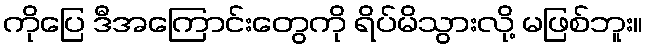
ကိုပြေ ဒီအကြောင်းတွေကို ရိပ်မိသွားလို့ မဖြစ်ဘူး။